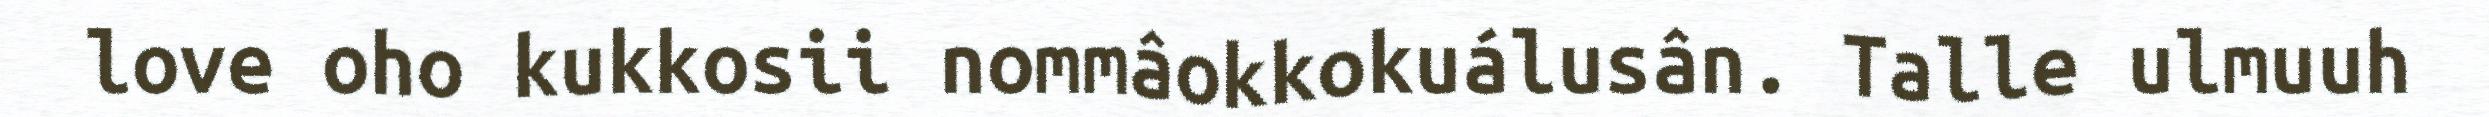
love oho kukkosii nommâokkokuálusân. Talle ulmuuh